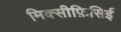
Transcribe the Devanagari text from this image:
मिक्सीफ़िसिई